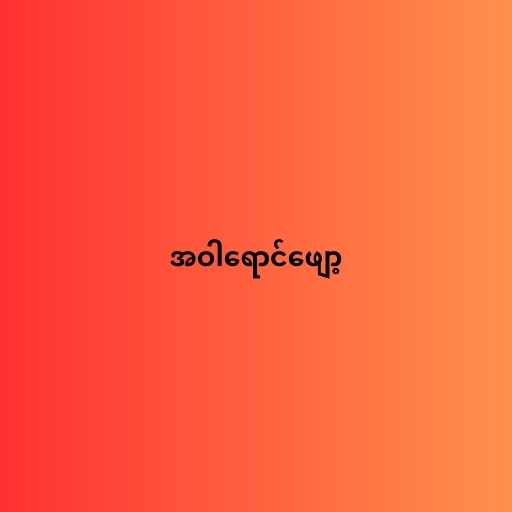
အဝါရောင်ဖျော့